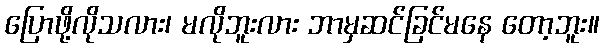
ပြောဖို့လိုသလား၊ မလိုဘူးလား ဘာမှဆင်ခြင်မနေ တော့ဘူး။